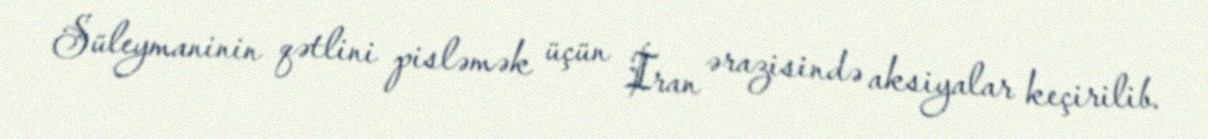
Süleymaninin qətlini pisləmək üçün İran ərazisində aksiyalar keçirilib.